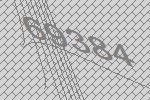
69384